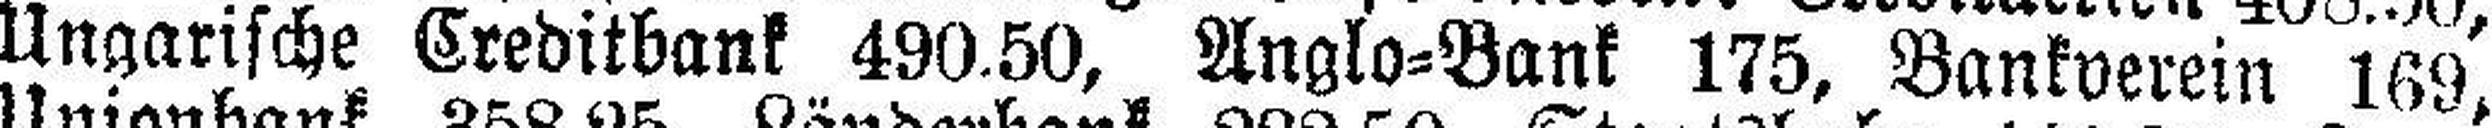
Ungarische Creditbank 490.50, Anglo=Bank 175, Bankverein 169,